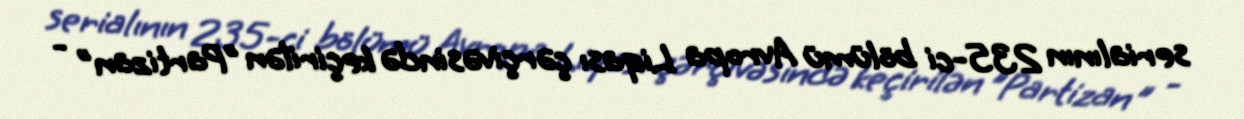
serialının 235-ci bölümü Avropa Liqası çərçivəsində keçirilən "Partizan" -